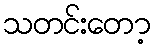
သတင်းတော့